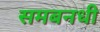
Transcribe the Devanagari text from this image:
समबनधी